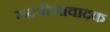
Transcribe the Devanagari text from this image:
रुद्रवीणावादक